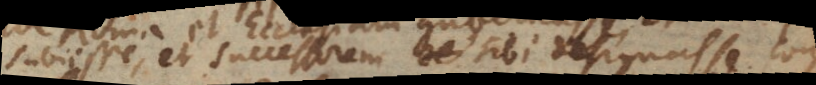
subiisse, et successorem sibi designasse